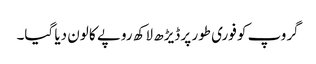
گروپ کو فوری طور پر ڈیڑھ لاکھ روپے کا لون دیا گیا۔